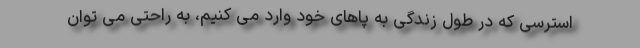
استرسی که در طول زندگی به پاهای خود وارد می کنیم، به راحتی می توان